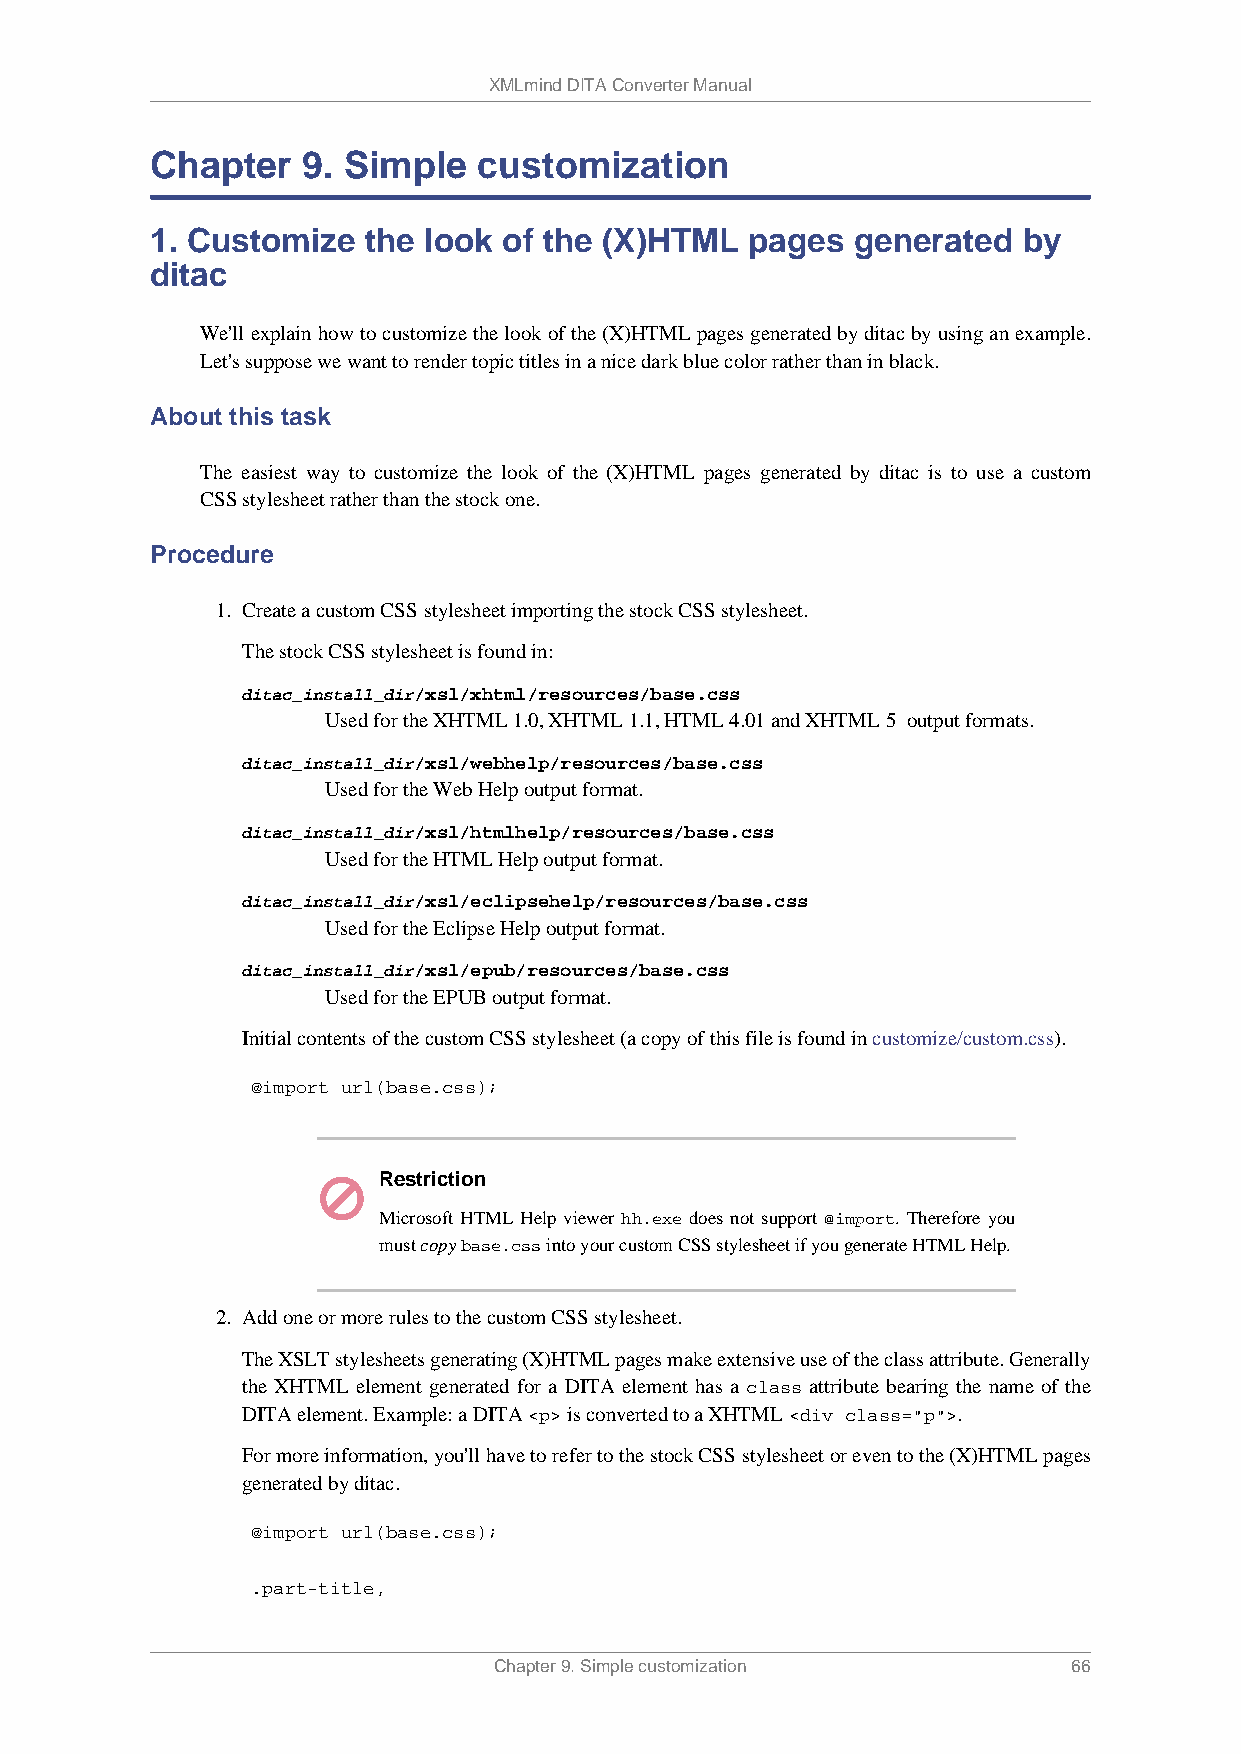
XMLmind DITA Converter Manual
 Chapter   9. Simple   customization
 1. Customize  the look of the (X)HTML   pages  generated  by
 ditac
 We'll explain how to customize the look of the (X)HTML pages generated by ditac by using an example.
 Let's suppose we want to render topic titles in a nice dark blue color rather than in black.
 About this task
 The easiest way to customize the look of the (X)HTML pages generated by ditac is to use a custom
 CSS stylesheet rather than the stock one.
 Procedure
 1. Create a custom CSS stylesheet importing the stock CSS stylesheet.
 The stock CSS stylesheet is found in:
 ditac_install_dir/xsl/xhtml/resources/base.css
 Used for the XHTML 1.0, XHTML 1.1, HTML 4.01 and XHTML 5 output formats.
 ditac_install_dir/xsl/webhelp/resources/base.css
 Used for the Web Help output format.
 ditac_install_dir/xsl/htmlhelp/resources/base.css
 Used for the HTML Help output format.
 ditac_install_dir/xsl/eclipsehelp/resources/base.css
 Used for the Eclipse Help output format.
 ditac_install_dir/xsl/epub/resources/base.css
 Used for the EPUB output format.
 Initial contents of the custom CSS stylesheet (a copy of this file is found in customize/custom.css).
 @import url(base.css);
 Restriction
 Microsoft HTML Help viewer hh.exe does not support @import. Therefore you
 must copy base.css into your custom CSS stylesheet if you generate HTML Help.
 2. Add one or more rules to the custom CSS stylesheet.
 The XSLT stylesheets generating (X)HTML pages make extensive use of the class attribute. Generally
 the XHTML element generated for a DITA element has a class attribute bearing the name of the
 DITA element. Example: a DITA <p> is converted to a XHTML <div class="p">.
 For more information, you'll have to refer to the stock CSS stylesheet or even to the (X)HTML pages
 generated by ditac.
 @import url(base.css);
 .part-title,
 Chapter 9. Simple customization       66